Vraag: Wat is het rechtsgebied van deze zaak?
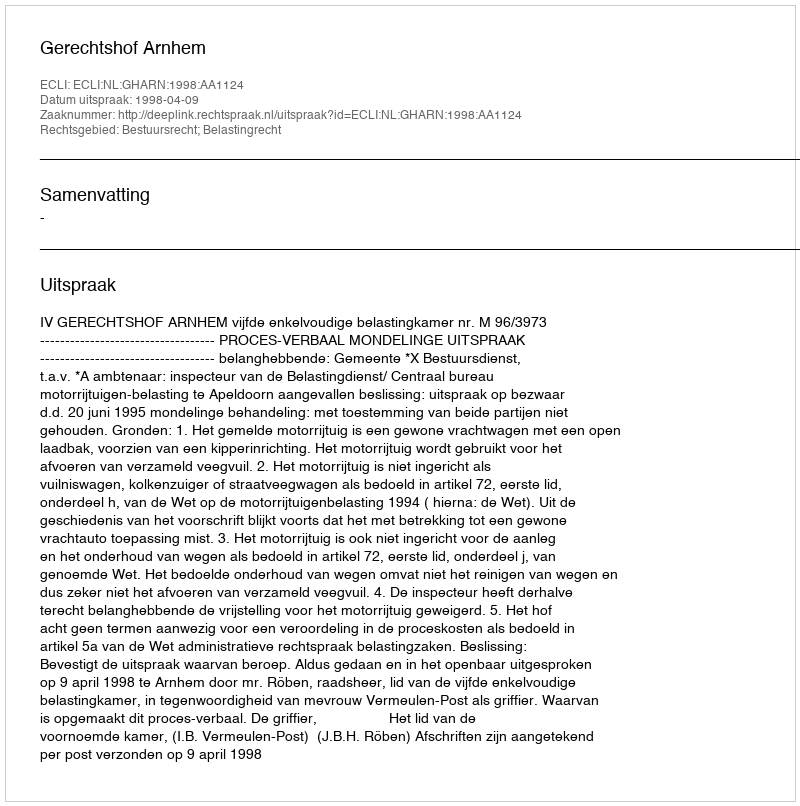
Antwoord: Bestuursrecht; Belastingrecht